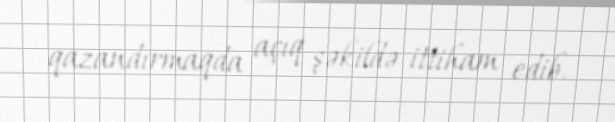
qazandırmaqda açıq şəkildə ittiham edib.